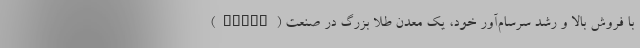
(Tesla) با فروش بالا و رشد سرسام‌آور خود، یک معدن طلا بزرگ در صنعت